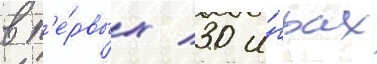
в п'е́рвых 30 и́грах